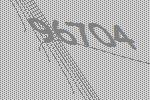
96704